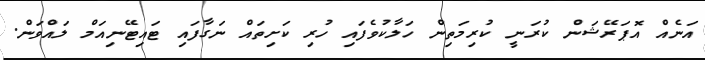
އަނެއް އޮޕަރޭޝަން ކުރަނީ ކުރިމަތިން ހަލާކުވެފައި ހުރި ކަށިތައް ނަގާފައި ޓައިޓޭނިއަމް ލައްވަން.